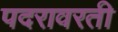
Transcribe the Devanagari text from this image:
पदरावरती